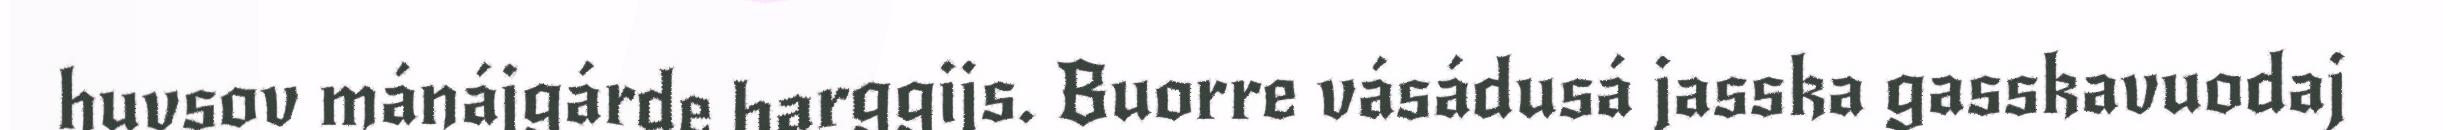
huvsov mánájgárde barggijs. Buorre vásádusá jasska gasskavuodaj